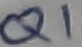
Text: Q1